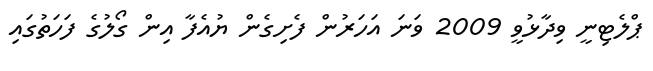
ޕްލެޓިނީ ވިދާޅުވީ 2009 ވަނަ އަހަރުން ފެށިގެން ޔުއެފާ އިން ގޯލުގެ ފަހަތުގައި